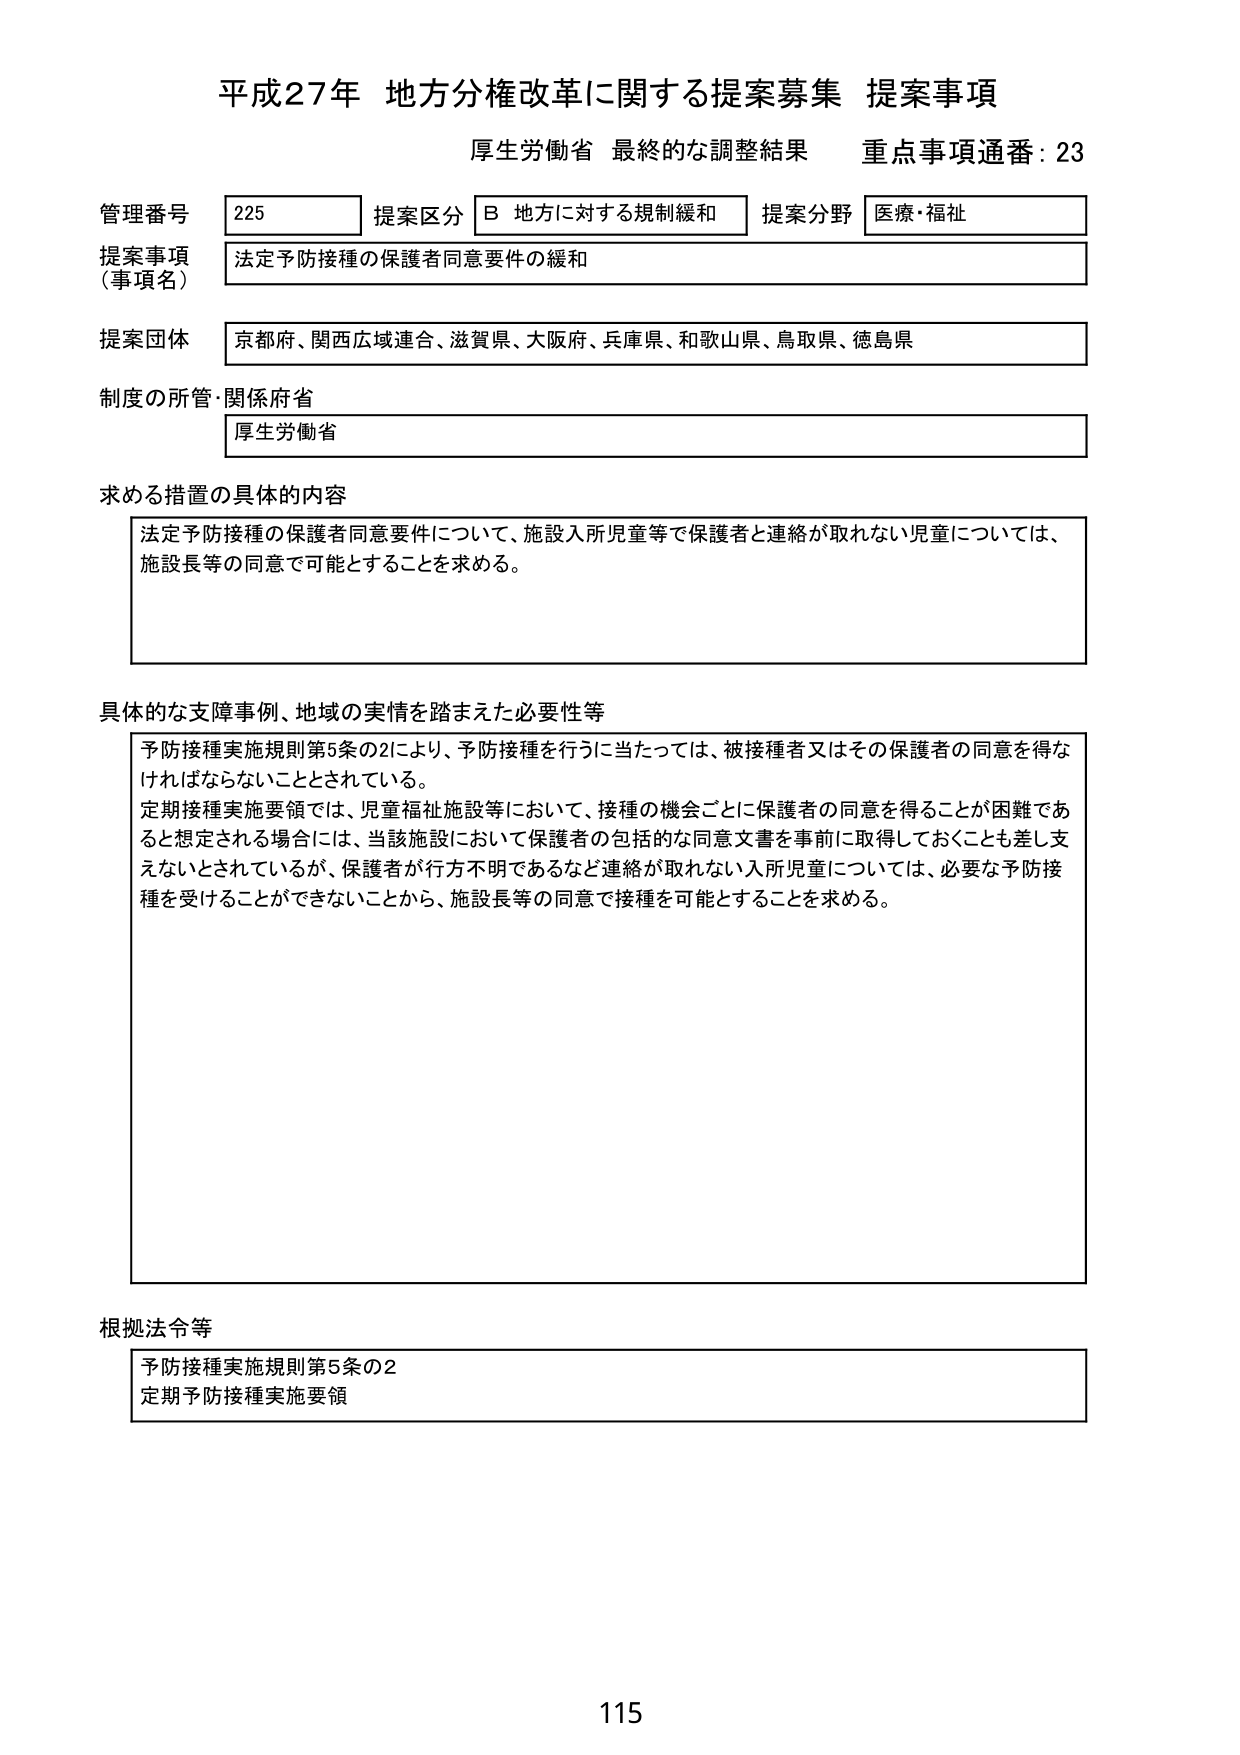
平成27年 地方分権改革に関する提案募集 提案事項
厚生労働省 最終的な調整結果 重点事項通番：23

管理番号 225 提案区分 B 地方に対する規制緩和 提案分野 医療・福祉
提案事項（事項名） 法定予防接種の保護者同意要件の緩和
提案団体 京都府、関西広域連合、滋賀県、大阪府、兵庫県、和歌山県、鳥取県、徳島県
制度の所管・関係府省 厚生労働省

求める措置の具体的内容
法定予防接種の保護者同意要件について、施設入所児童等で保護者と連絡が取れない児童については、施設長等の同意で可能とすることを求める。

具体的な支障事例、地域の実情を踏まえた必要性等
予防接種実施規則第5条の2により、予防接種を行うに当たっては、被接種者又はその保護者の同意を得なければならないこととされている。
定期接種実施要領では、児童福祉施設等において、接種の機会ごとに保護者の同意を得ることが困難であると想定される場合には、当該施設において保護者の包括的な同意文書を事前に取得しておくことも差し支えないとされているが、保護者が行方不明であるなど連絡が取れない入所児童については、必要な予防接種を受けることができないことから、施設長等の同意で接種を可能とすることを求める。

根拠法令等
予防接種実施規則第5条の2
定期予防接種実施要領

115